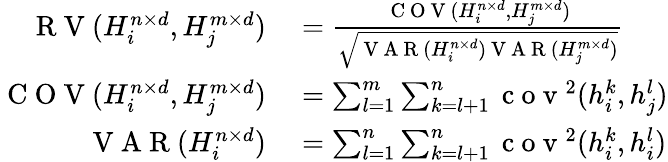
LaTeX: \begin{array}{rl}{\mathrm{~R~V~}(H_{i}^{n\times d},H_{j}^{m\times d})}&{{}=\frac{\mathrm{~C~O~V~}(H_{i}^{n\times d},H_{j}^{m\times d})}{\sqrt{\mathrm{~V~A~R~}(H_{i}^{n\times d})\mathrm{~V~A~R~}(H_{j}^{m\times d})}}}\\ {\mathrm{~C~O~V~}(H_{i}^{n\times d},H_{j}^{m\times d})}&{{}=\sum_{l=1}^{m}\sum_{k=l+1}^{n}\mathrm{~c~o~v~}^{2}(h_{i}^{k},h_{j}^{l})}\\ {\mathrm{~V~A~R~}(H_{i}^{n\times d})}&{{}=\sum_{l=1}^{n}\sum_{k=l+1}^{n}\mathrm{~c~o~v~}^{2}(h_{i}^{k},h_{i}^{l})}\end{array}